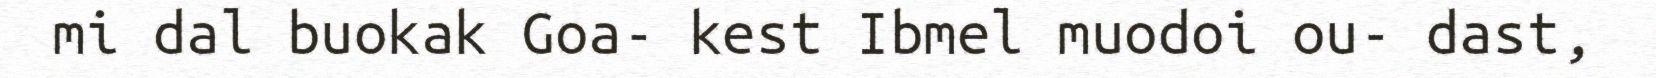
mi dal buokak Goa- kest Ibmel muodoi ou- dast,